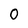
Character: 0